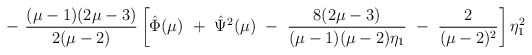
\begin{align*}-~ \frac{(\mu-1)(2\mu-3)}{2(\mu-2)} \left[ \hat{\Phi}(\mu) ~+~ \hat{\Psi}^2(\mu) ~-~ \frac{8(2\mu-3)}{(\mu-1)(\mu-2)\eta_1} ~-~ \frac{2}{(\mu-2)^2} \right] \eta_1^2 \end{align*}